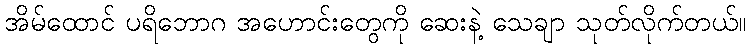
အိမ်ထောင် ပရိဘောဂ အဟောင်းတွေကို ဆေးနဲ့ သေချာ သုတ်လိုက်တယ်။